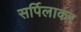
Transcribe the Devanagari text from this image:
सर्पिलाकर